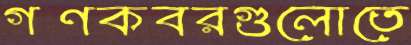
গণকবরগুলোতে